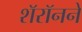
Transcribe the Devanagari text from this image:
शॅरॉनने